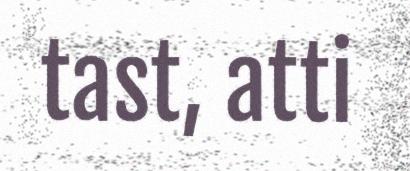
tast, atti